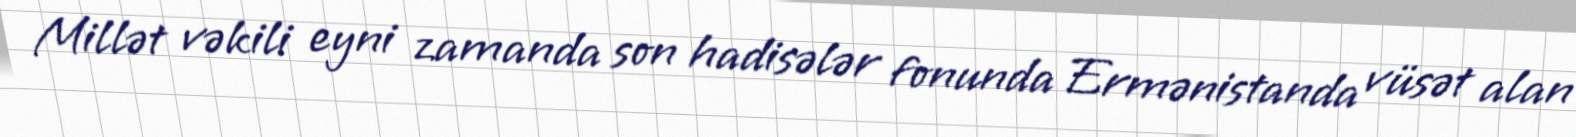
Millət vəkili eyni zamanda son hadisələr fonunda Ermənistanda vüsət alan